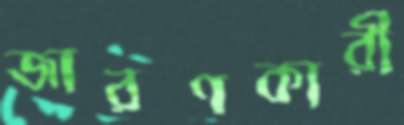
জারণকারী